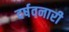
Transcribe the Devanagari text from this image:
दर्षवनारी